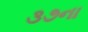
૩૭ના